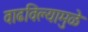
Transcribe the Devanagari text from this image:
वाढविल्यामुळे